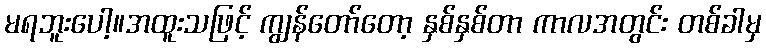
မရဘူးပေါ့။အထူးသဖြင့် ကျွန်တော်တော့ နှစ်နှစ်တာ ကာလအတွင်း တစ်ခါမှ